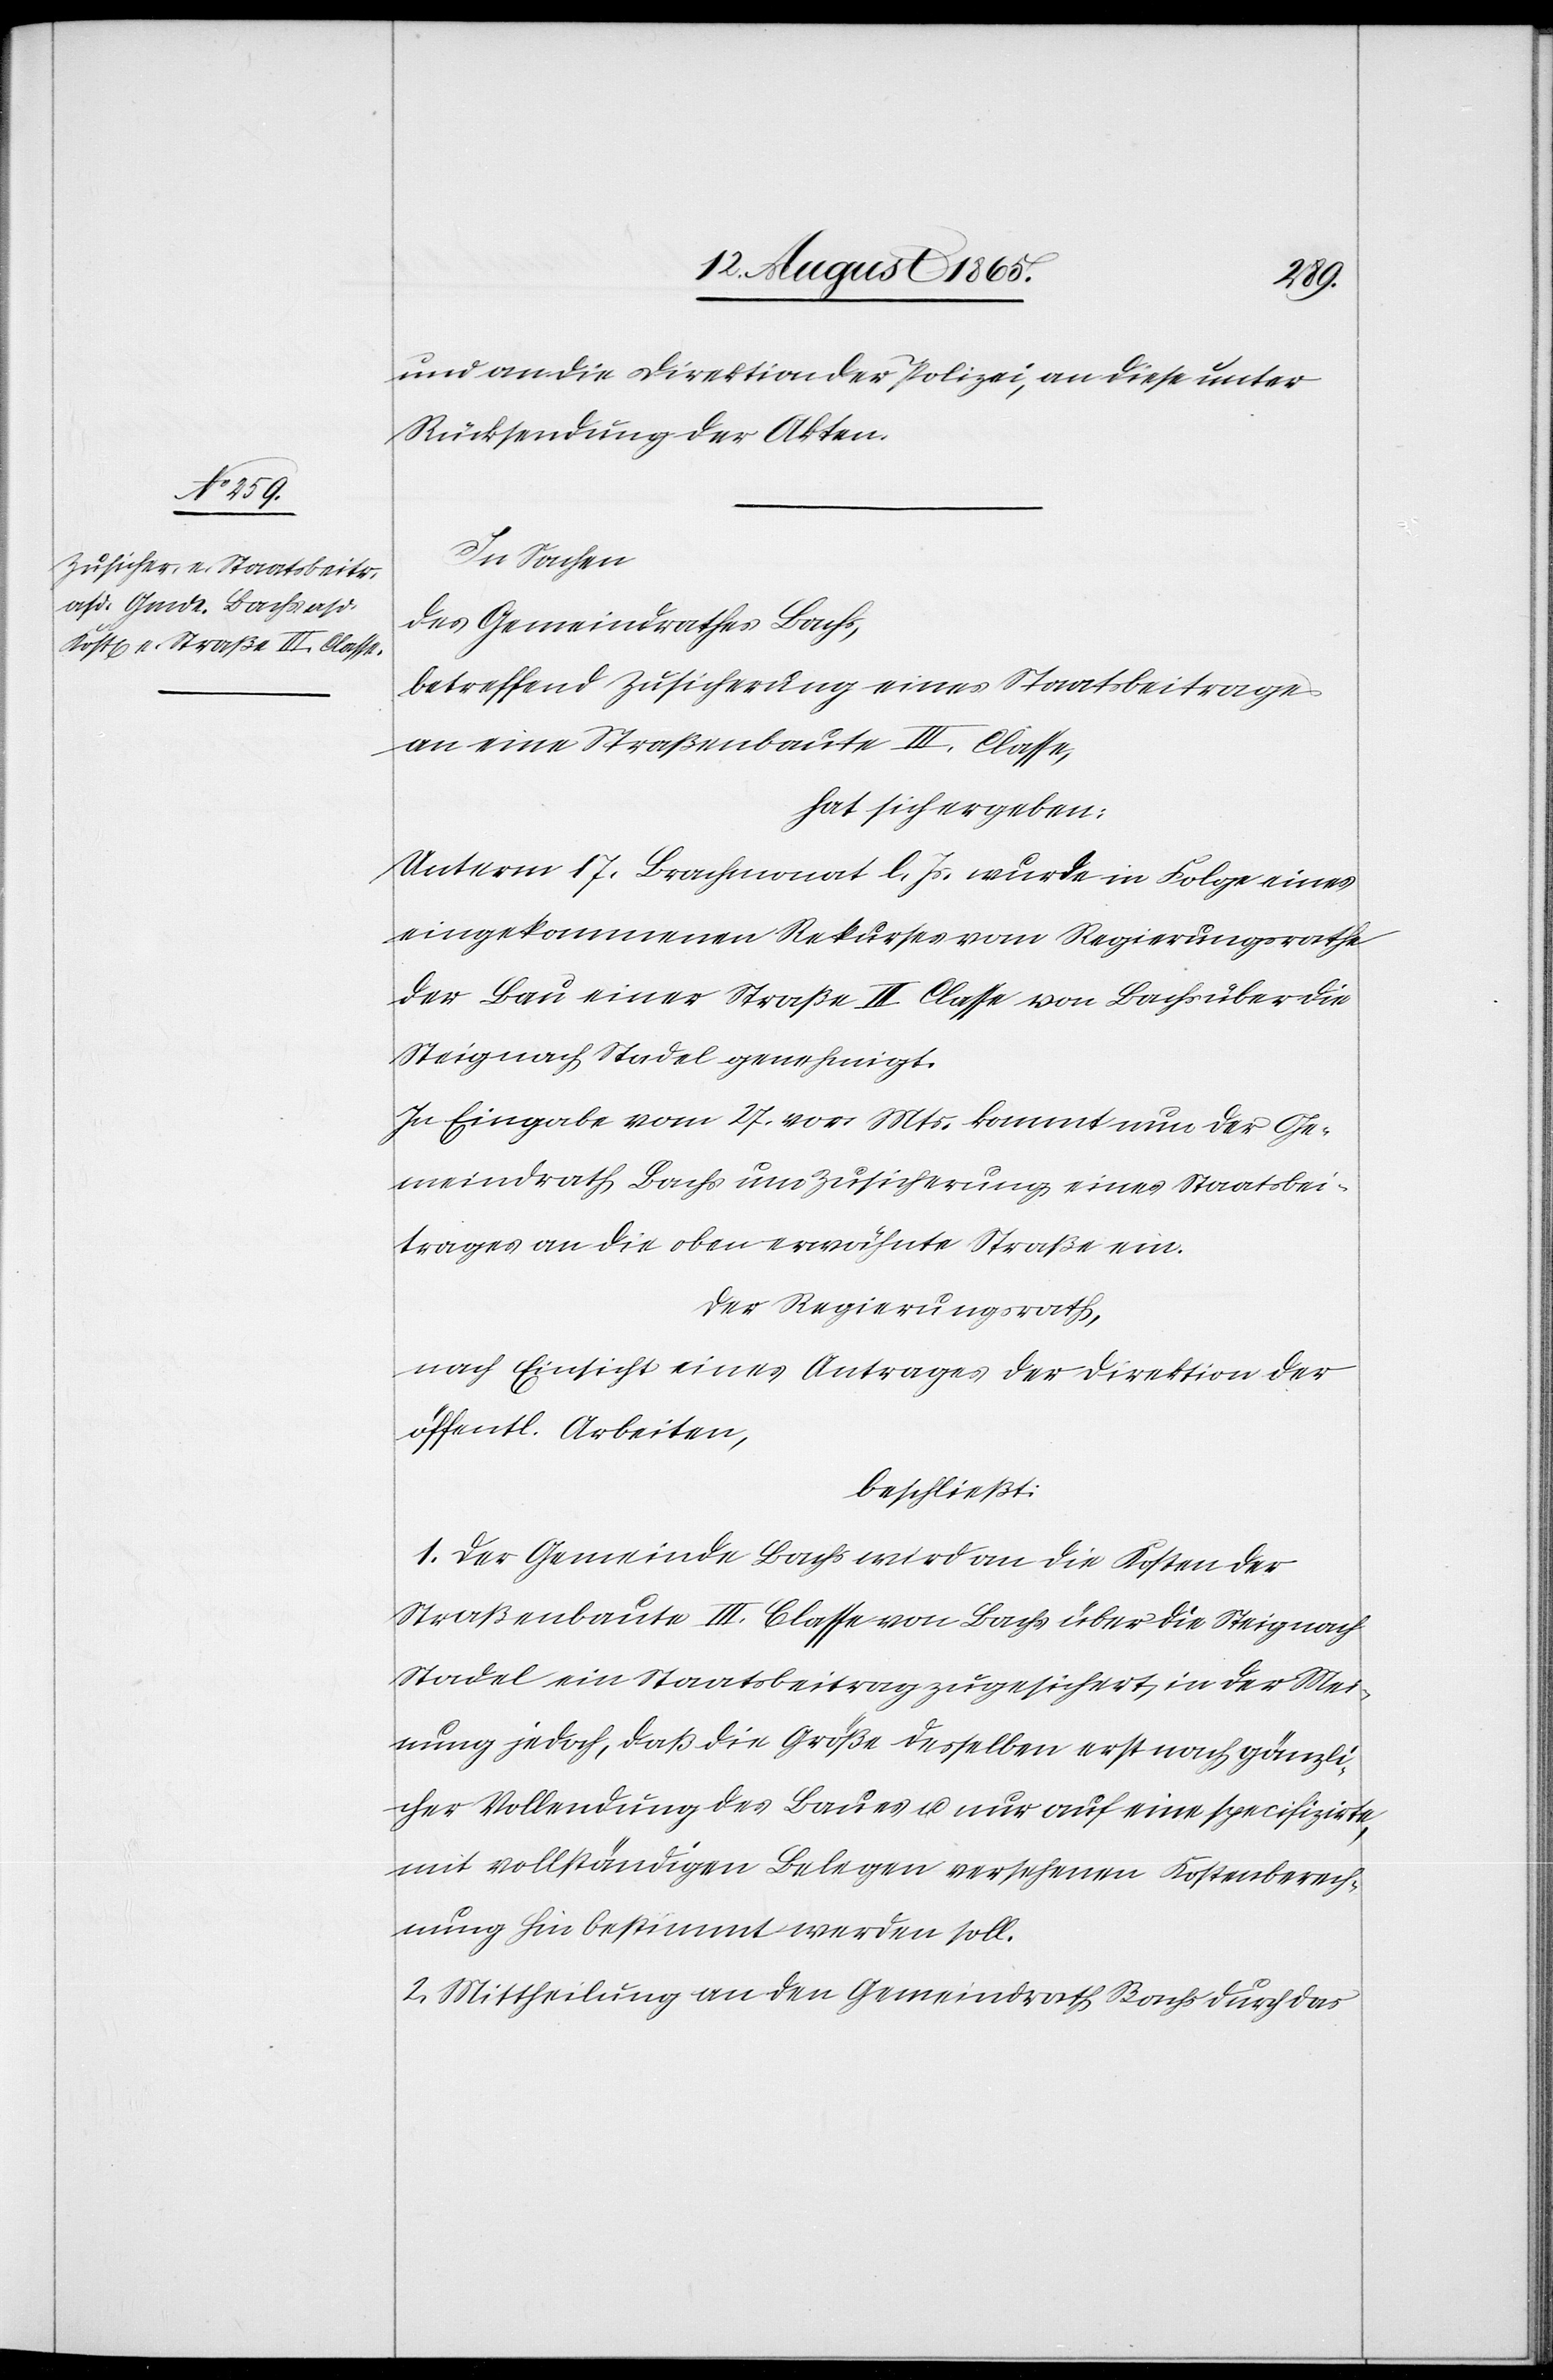
und an die Direktion der Polizei, an diese unter
Rücksendung der Akten.
In Sachen
des Gemeindrathes Bachs,
betreffend Zusicherung eines Staatsbeitrages
an eine Straßenbaute III. Classe,
hat sich ergeben:
Unterm 17. Brachmonat l. Js. wurde in Folge eines
eingekommenen Rekurses vom Regierungsrathe
der Bau einer Straße III. Classe von Bachs über die
Steig nach Stadel genehmigt.
In Eingabe vom 27. vor. Mts. kommt nun der Ge¬
meindrath Bachs um Zusicherung eines Staatsbei¬
trages an die oben erwähnte Straße ein.
Der Regierungsrath,
nach Einsicht eines Antrages der Direktion der
öffentl. Arbeiten,
beschließt:
1. Der Gemeinde Bachs wird an die Kosten der
Straßenbaute III. Classe von Bachs über die Steig nach
Stadel ein Staatsbeitrag zugesichert, in der Mei¬
nung jedoch, daß die Größe desselben erst nach gänzli¬
cher Vollendung des Baues u. nur auf eine specifizirte,
mit vollständigen Belegen versehenen Kostenberech¬
nung hin bestimmt werden soll.
2. Mittheilung an den Gemeindrath Bachs durch das